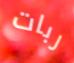
ربات